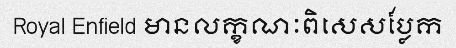
Royal Enfield មានលក្ខណៈពិសេសប្លែក